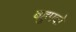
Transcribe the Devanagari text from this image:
बहुपदो